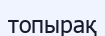
топырақ